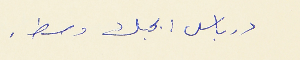
درباس : بحبك وسط .